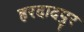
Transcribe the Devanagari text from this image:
हरदादपुर